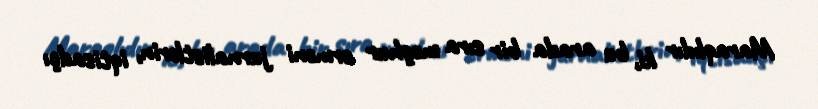
Maraqlıdır ki, bu arada bir sıra məşhur erməni jurnalistlərin, iqtisadçı